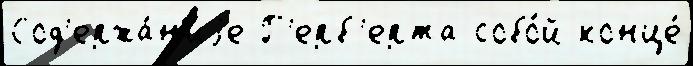
Сод'ержа́н'иjе Г'ерб'ерта собо́й конце́